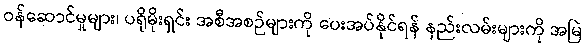
ဝန်ဆောင်မှုများ၊ ပရိုမိုးရှင်း အစီအစဉ်များကို ပေးအပ်နိုင်ရန် နည်းလမ်းများကို အမြဲ